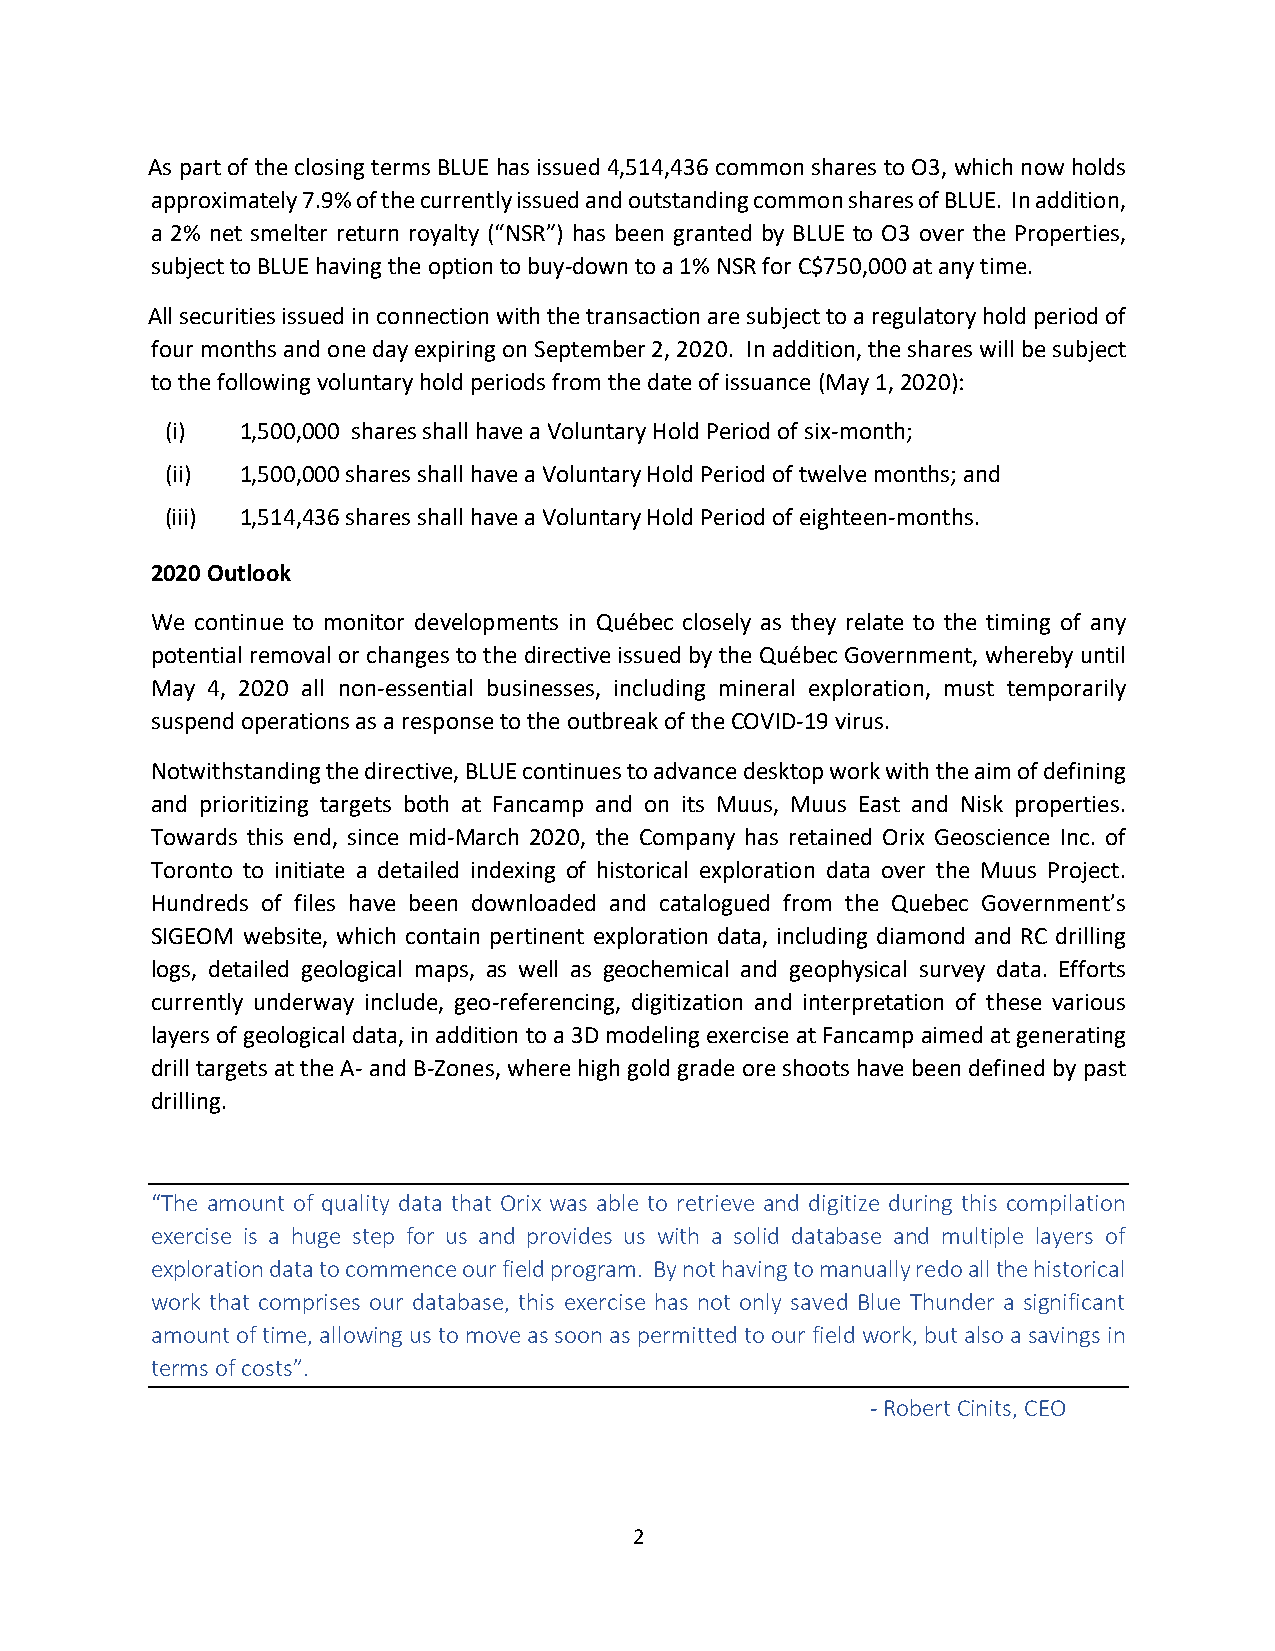
As part of the closing terms BLUE has issued 4,514,436 common shares to O3, which now holds
 approximately 7.9% of the currently issued and outstanding common shares of BLUE. In addition,
 a 2% net smelter return royalty (“NSR”) has been granted by BLUE to O3 over the Properties,
 subject to BLUE having the option to buy-down to a 1% NSR for C$750,000 at any time.
 All securities issued in connection with the transaction are subject to a regulatory hold period of
 four months and one day expiring on September 2, 2020. In addition, the shares will be subject
 to the following voluntary hold periods from the date of issuance (May 1, 2020):
 (i)  1,500,000 shares shall have a Voluntary Hold Period of six-month;
 (ii) 1,500,000 shares shall have a Voluntary Hold Period of twelve months; and
 (iii) 1,514,436 shares shall have a Voluntary Hold Period of eighteen-months.
 2020 Outlook
 We continue to monitor developments in Québec closely as they relate to the timing of any
 potential removal or changes to the directive issued by the Québec Government, whereby until
 May 4, 2020 all non-essential businesses, including mineral exploration, must temporarily
 suspend operations as a response to the outbreak of the COVID-19 virus.
 Notwithstanding the directive, BLUE continues to advance desktop work with the aim of defining
 and prioritizing targets both at Fancamp and on its Muus, Muus East and Nisk properties.
 Towards this end, since mid-March 2020, the Company has retained Orix Geoscience Inc. of
 Toronto to initiate a detailed indexing of historical exploration data over the Muus Project.
 Hundreds of files have been downloaded and catalogued from the Quebec Government’s
 SIGEOM website, which contain pertinent exploration data, including diamond and RC drilling
 logs, detailed geological maps, as well as geochemical and geophysical survey data. Efforts
 currently underway include, geo-referencing, digitization and interpretation of these various
 layers of geological data, in addition to a 3D modeling exercise at Fancamp aimed at generating
 drill targets at the A- and B-Zones, where high gold grade ore shoots have been defined by past
 drilling.
 “The amount of quality data that Orix was able to retrieve and digitize during this compilation
 exercise is a huge step for us and provides us with a solid database and multiple layers of
 exploration data to commence our field program. By not having to manually redo all the historical
 work that comprises our database, this exercise has not only saved Blue Thunder a significant
 amount of time, allowing us to move as soon as permitted to our field work, but also a savings in
 terms of costs”.
 - Robert Cinits, CEO
 2